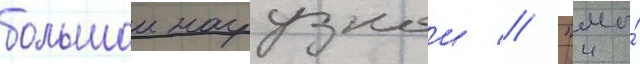
большои нагрузкои // "мы́